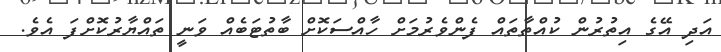
އަދި އޭގެ އިތުރުން ކުއްތާތައް ފެންވެރުމަށް ހާއްސަކޮށް ބާތުޓަބެއް ވަނީ ތައްޔާރުކޮށްފަ އެވެ.